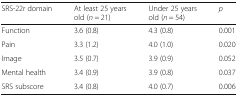
| SRS-22r domain | At least 25 years old (n = 21) | Under 25 years old (n = 54) | p |
 | --- | --- | --- | --- |
 | Function | 3.6 (0.8) | 4.3 (0.8) | 0.001 |
 | Pain | 3.3 (1.2) | 4.0 (1.0) | 0.020 |
 | Image | 3.5 (0.7) | 3.9 (0.9) | 0.052 |
 | Mental health | 3.4 (0.9) | 3.9 (0.8) | 0.037 |
 | SRS subscore | 3.4 (0.8) | 4.0 (0.7) | 0.006 |